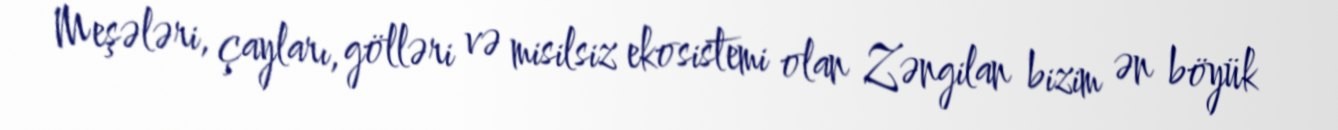
Meşələri, çayları, gölləri və misilsiz ekosistemi olan Zəngilan bizim ən böyük